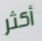
أكثر